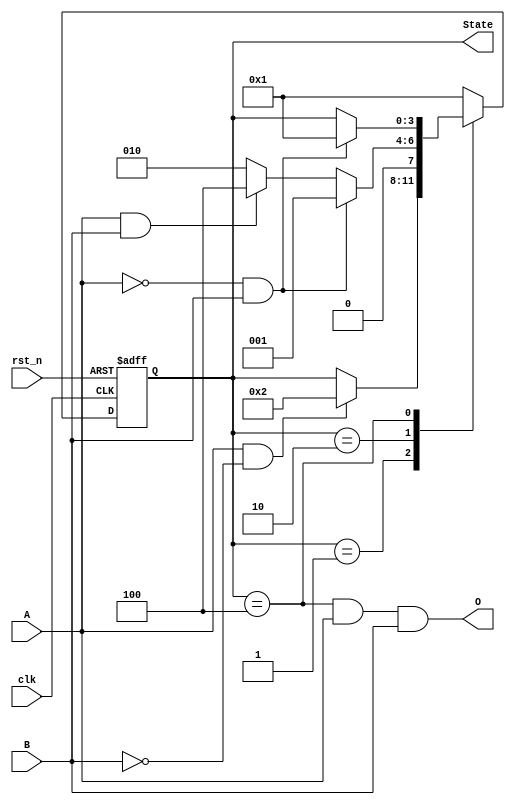
module abro_state_machine (
    input clk,
    input rst_n,
    input A,
    input B,
    output O,
    output reg [3:0] State
);

    // State transitions
    always @(posedge clk or negedge rst_n) begin
        if (!rst_n) begin
            State <= 4'b0001;
        end else begin
            case (State)
                4'b0001: State <= (A && !B) ? 4'b0010 : State;
                4'b0010: State <= (!A && B) ? 4'b0001 : ((A && B) ? 4'b0100 : 4'b0010);
                4'b0100: State <= (!A && B) ? 4'b0001 : State;
                default: State <= 4'b0001;
            endcase
        end
    end

    // Output logic
    assign O = (State == 4'b0100) && A && B;

endmodule